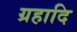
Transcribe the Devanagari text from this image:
ग्रहादि